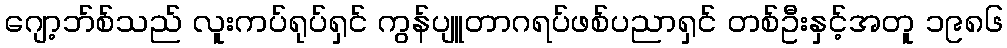
ဂျော့ဘ်စ်သည် လူးကပ်ရုပ်ရှင် ကွန်ပျူတာဂရပ်ဖစ်ပညာရှင် တစ်ဦးနှင့်အတူ ၁၉၈၆